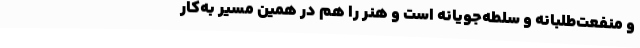
و منفعت‌طلبانه و سلطه‌جویانه است و هنر را هم در همین مسیر به‌کار